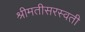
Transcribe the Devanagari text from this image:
श्रीमतीसरस्‍वती